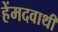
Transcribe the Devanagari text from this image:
हेंमदवाथी